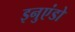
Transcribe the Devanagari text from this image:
इनुएंडो